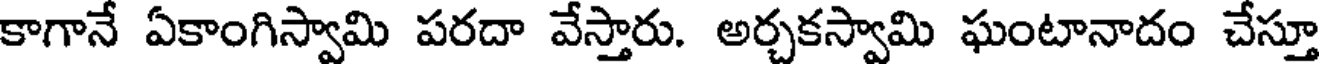
కాగానే ఏకాంగిస్వామి పరదా వేస్తారు. అర్చకస్వామి ఘంటానాదం చేస్తూ